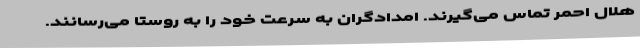
هلال‌ احمر تماس می‌گیرند. امدادگران به سرعت خود را به روستا می‌رسانند.